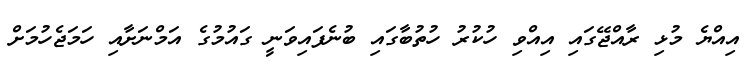
އިއްޔެ މުޅި ރާއްޖޭގައި އިއްވި ހުކުރު ހުތުބާގައި ބުނެފައިވަނީ ގައުމުގެ އަމްނަށާއި ހަމަޖެހުމަށް